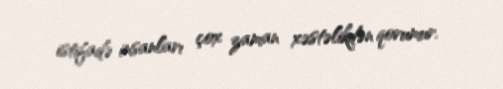
istifadə insanları çox zaman xəstəlikdən qorumur.